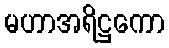
မဟာအရိဋ္ဌကော